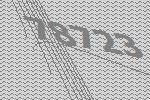
78723